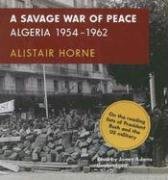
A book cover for A Savage War of Peace: Algeria 1954-1962 (Audio CD); Alistair Horne; History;